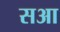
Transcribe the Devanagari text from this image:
सआ